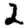
Digit: 2